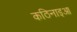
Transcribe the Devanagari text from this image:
कठिनाइआ